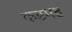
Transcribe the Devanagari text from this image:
कडमड